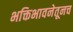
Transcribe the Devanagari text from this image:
भक्तिभावनेतूनच